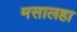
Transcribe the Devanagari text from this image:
मसालहा